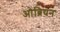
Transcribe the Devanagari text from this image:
ओब्रियन